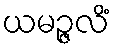
ယမဉ္ဇလိံ